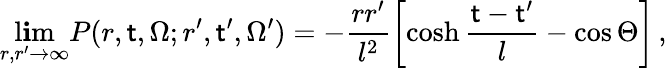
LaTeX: \operatorname*{l\mathbf{i}m}_{r,r^{\prime}\to\infty}P(r,\mathsf{t},\Omega;r^{\prime},\mathsf{t}^{\prime},\Omega^{\prime})=-\frac{{rr^{\prime}}}{{l^{2}}}\left[\cosh\frac{{\mathsf{t}-\mathsf{t}^{\prime}}}{{l}}-\cos\Theta\right]\, ,